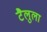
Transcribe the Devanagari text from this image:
टैलुला